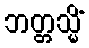
ဘတ္တသ္မိံ